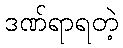
ဒဏ်ရာရတဲ့